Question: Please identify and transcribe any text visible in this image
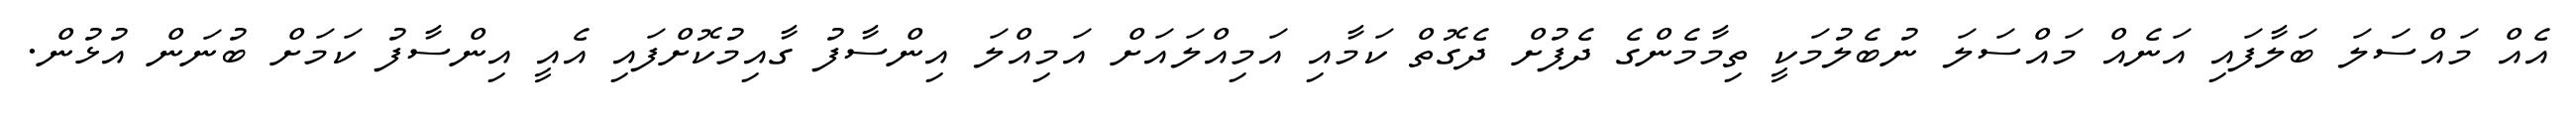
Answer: އެއް މައްސަލަ ބަލާފައި އަނެއް މައްސަލަ ނުބެލުމަކީ ތިމާމެންގެ ދެފުށް ދެގޮތް ކަމާއި އަމިއްލައަށް އަމިއްލަ އިންސާފު ގާއިމުކޮށްފައި އެއީ އިންސާފު ކަމަށް ބުނަން އުޅުން.